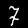
Digit: 7